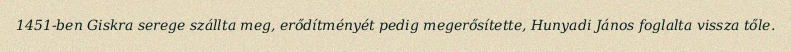
1451-ben Giskra serege szállta meg, erődítményét pedig megerősítette, Hunyadi János foglalta vissza tőle.